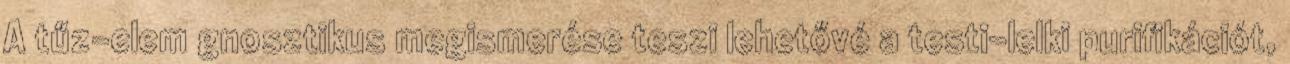
A tűz-elem gnosztikus megismerése teszi lehetővé a testi-lelki purifikációt,